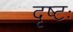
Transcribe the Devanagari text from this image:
दृष्टः